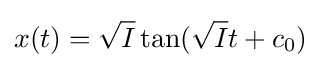
x(t)={\sqrt {I}}\tan({\sqrt {I}}t+c_{0})